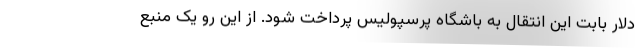
دلار بابت این انتقال به باشگاه پرسپولیس پرداخت شود. از این رو یک منبع